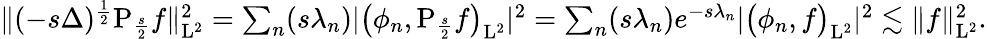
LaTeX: \begin{array}{r}{\| (-s\Delta)^{\frac{1}{2}}\mathrm{P}_{\frac{s}{2}}f\| _{\mathrm{L}^{2}}^{2}=\sum_{n}(s\lambda_{n})\vert\big(\phi_{n},\mathrm{P}_{\frac{s}{2}}f\big)_{\mathrm{L}^{2}}\vert^{2}=\sum_{n}(s\lambda_{n})e^{-s\lambda_{n}}\vert\big(\phi_{n},f\big)_{\mathrm{L}^{2}}\vert^{2}\lesssim\| f\| _{\mathrm{L}^{2}}^{2}.}\end{array}